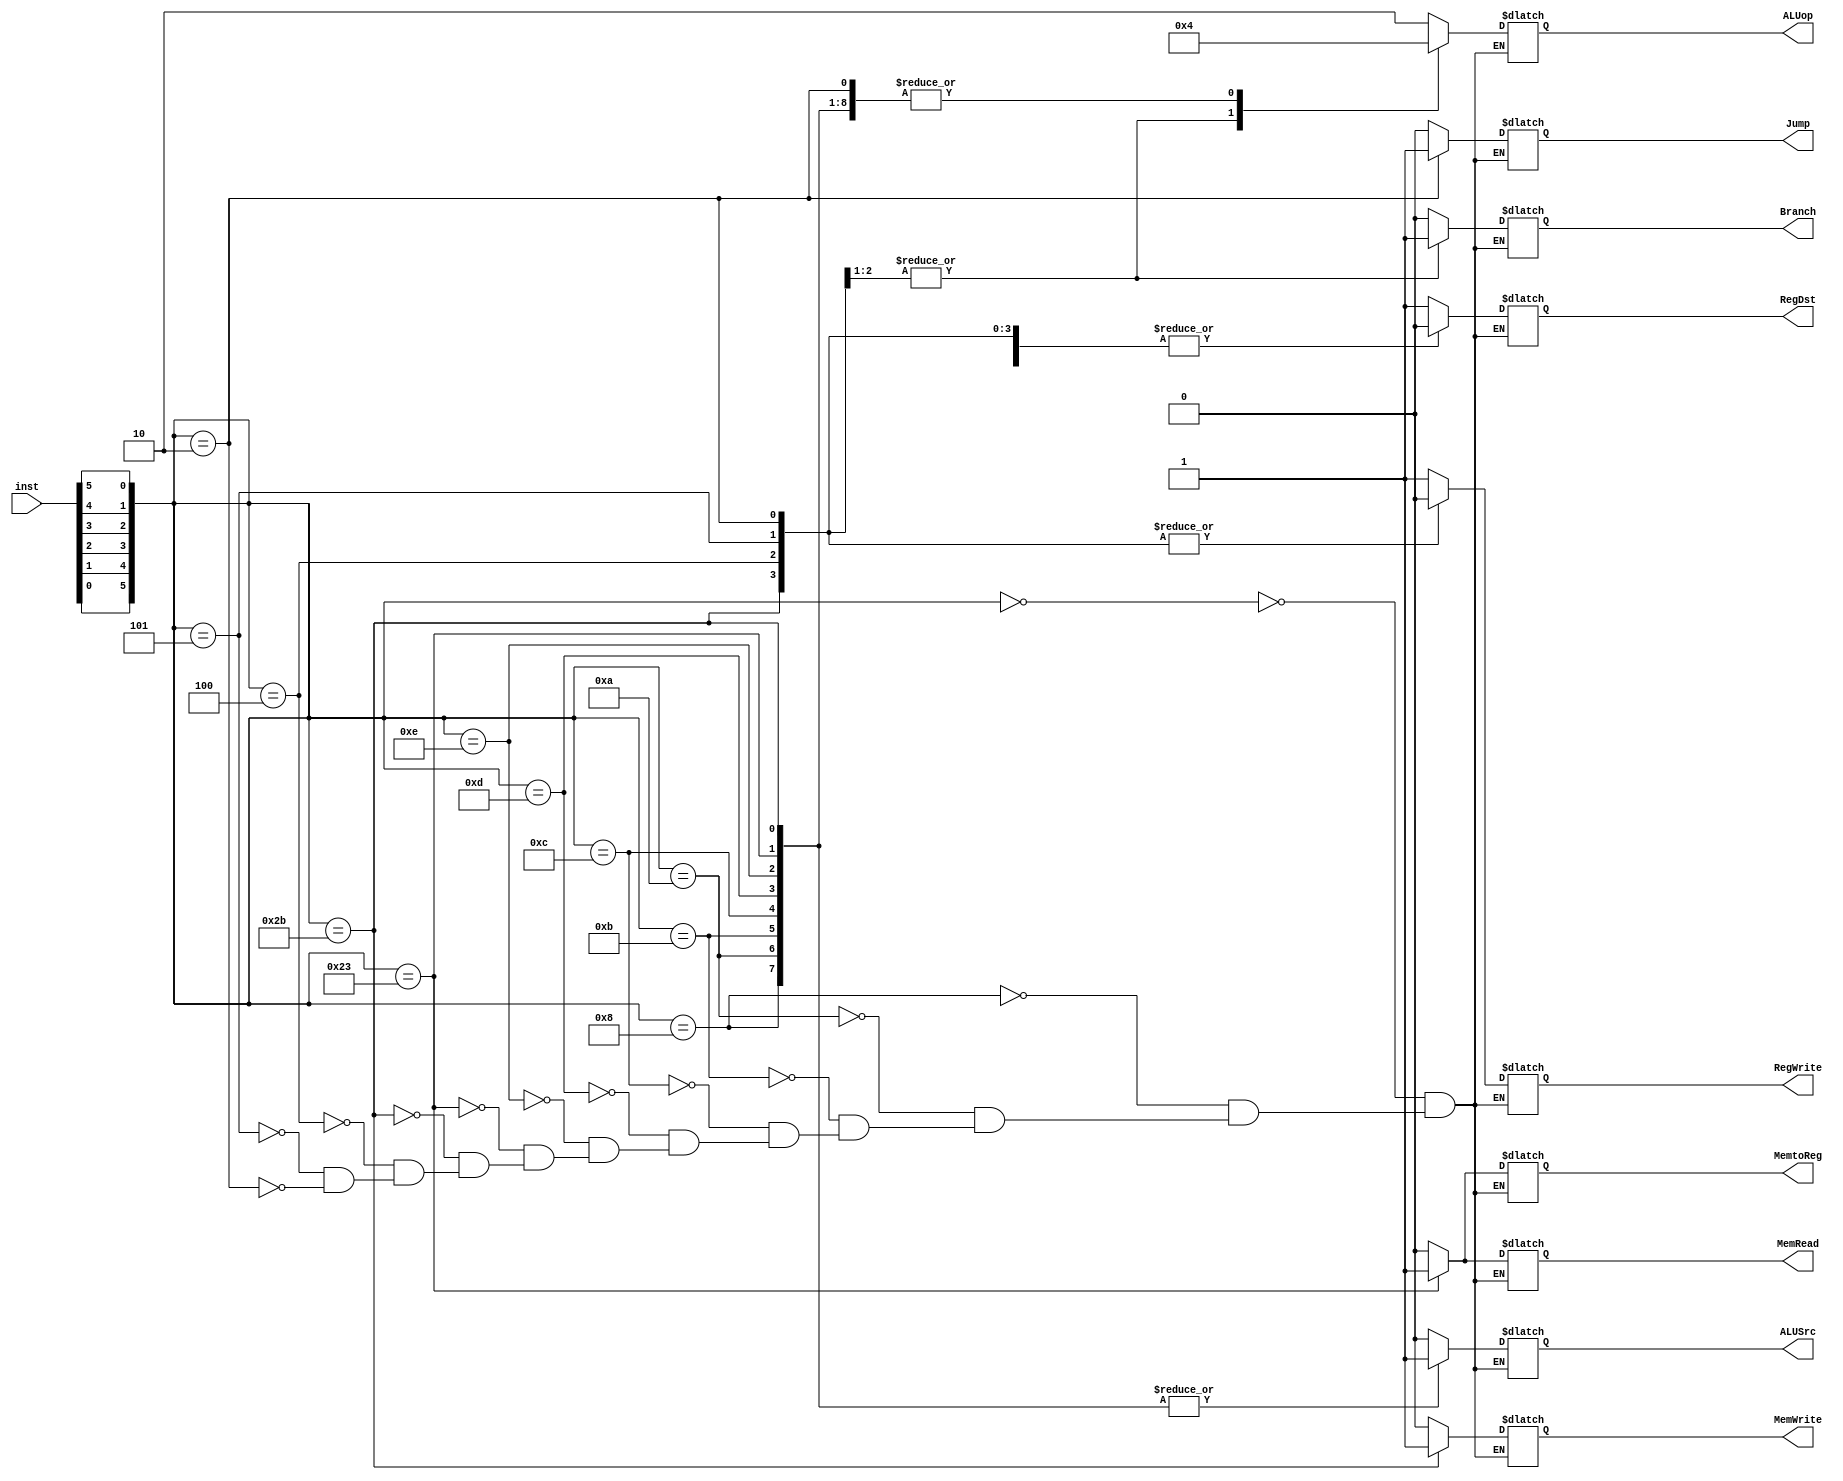
module control_unit(inst,RegDst,Jump,Branch,MemRead,MemtoReg,ALUop,MemWrite,ALUSrc,RegWrite);
input [0:31]inst;
output [0:1]ALUop;
output RegDst,Jump,Branch,MemRead,MemtoReg,MemWrite,ALUSrc,RegWrite;
reg [0:1]ALUop;
reg RegDst,Jump,Branch,MemRead,MemtoReg,MemWrite,ALUSrc,RegWrite;
always@(inst)
       
       case({inst[31],inst[30],inst[29],inst[28],inst[27],inst[26]})
                6'b000000: begin RegDst=1'b1; Jump=1'b0; Branch=1'b0; MemRead=1'b0; MemtoReg=1'b0; ALUop=2'b10; MemWrite=1'b0; ALUSrc=1'b0; RegWrite=1'b1; end 
                6'b001000: begin RegDst=1'b0; Jump=1'b0; Branch=1'b0; MemRead=1'b0; MemtoReg=1'b0; ALUop=2'b00; MemWrite=1'b0; ALUSrc=1'b1; RegWrite=1'b1; end
                6'b001010: begin RegDst=1'b0; Jump=1'b0; Branch=1'b0; MemRead=1'b0; MemtoReg=1'b0; ALUop=2'b00; MemWrite=1'b0; ALUSrc=1'b1; RegWrite=1'b1; end
                6'b001011: begin RegDst=1'b0; Jump=1'b0; Branch=1'b0; MemRead=1'b0; MemtoReg=1'b0; ALUop=2'b00; MemWrite=1'b0; ALUSrc=1'b1; RegWrite=1'b1; end
                6'b001100: begin RegDst=1'b0; Jump=1'b0; Branch=1'b0; MemRead=1'b0; MemtoReg=1'b0; ALUop=2'b00; MemWrite=1'b0; ALUSrc=1'b1; RegWrite=1'b1; end
                6'b001101: begin RegDst=1'b0; Jump=1'b0; Branch=1'b0; MemRead=1'b0; MemtoReg=1'b0; ALUop=2'b00; MemWrite=1'b0; ALUSrc=1'b1; RegWrite=1'b1; end
                6'b001110: begin RegDst=1'b0; Jump=1'b0; Branch=1'b0; MemRead=1'b0; MemtoReg=1'b0; ALUop=2'b00; MemWrite=1'b0; ALUSrc=1'b1; RegWrite=1'b1; end
                6'b100011: begin RegDst=1'b0; Jump=1'b0; Branch=1'b0; MemRead=1'b1; MemtoReg=1'b1; ALUop=2'b00; MemWrite=1'b0; ALUSrc=1'b1; RegWrite=1'b1; end
                6'b101011: begin RegDst=1'b0; Jump=1'b0; Branch=1'b0; MemRead=1'b0; MemtoReg=1'b0; ALUop=2'b00; MemWrite=1'b1; ALUSrc=1'b1; RegWrite=1'b0; end
                6'b000100: begin RegDst=1'b0; Jump=1'b0; Branch=1'b1; MemRead=1'b0; MemtoReg=1'b0; ALUop=2'b01; MemWrite=1'b0; ALUSrc=1'b0; RegWrite=1'b0; end
                6'b000101: begin RegDst=1'b0; Jump=1'b0; Branch=1'b1; MemRead=1'b0; MemtoReg=1'b0; ALUop=2'b01; MemWrite=1'b0; ALUSrc=1'b0; RegWrite=1'b0; end
                6'b000010: begin RegDst=1'b0; Jump=1'b1; Branch=1'b0; MemRead=1'b0; MemtoReg=1'b0; ALUop=2'b00; MemWrite=1'b0; ALUSrc=1'b0; RegWrite=1'b0; end
       endcase
endmodule